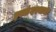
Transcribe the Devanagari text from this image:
इस्कंदरनामा